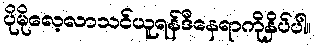
ပိုမိုလေ့လာသင်ယူရန်ဒီနေရာကိုနှိပ်ပါ။